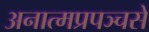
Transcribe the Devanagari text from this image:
अनात्मप्रपञ्चसे